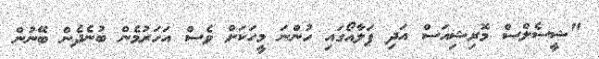
"ޝީސެލްސް މޮރިޝިއަސް އަދި ޕަލާއޯގައި ހުންނަ މީހަކަށް ވެސް އަހަރުމެން ބުނެދެން ބޭނުން